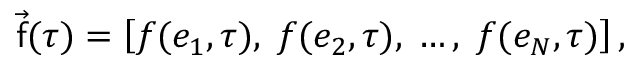
\vec { \mathsf { f } } ( \tau ) = \left[ f ( e _ { 1 } , \tau ) , \; f ( e _ { 2 } , \tau ) , \; \ldots , \; f ( e _ { N } , \tau ) \right] ,